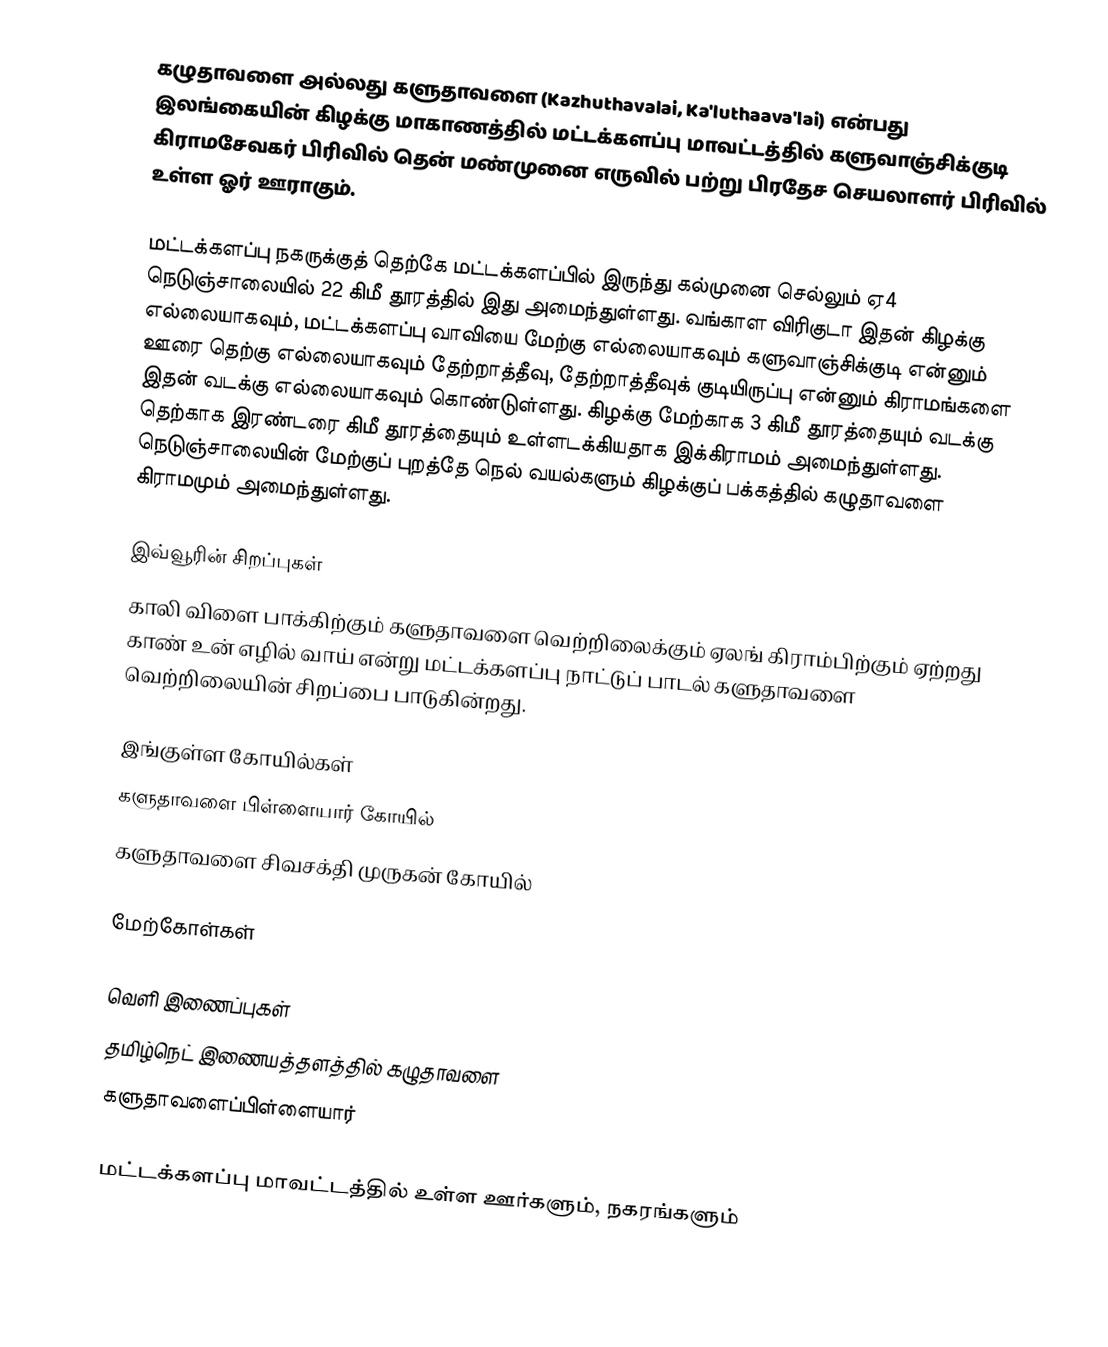
கழுதாவளை அல்லது களுதாவளை (Kazhuthavalai, Ka'luthaava'lai) என்பது இலங்கையின் கிழக்கு மாகாணத்தில் மட்டக்களப்பு மாவட்டத்தில் களுவாஞ்சிக்குடி கிராமசேவகர் பிரிவில் தென் மண்முனை எருவில் பற்று பிரதேச செயலாளர் பிரிவில் உள்ள ஓர் ஊராகும்.

மட்டக்களப்பு நகருக்குத் தெற்கே மட்டக்களப்பில் இருந்து கல்முனை செல்லும் ஏ4 நெடுஞ்சாலையில் 22 கிமீ தூரத்தில் இது அமைந்துள்ளது. வங்காள விரிகுடா இதன் கிழக்கு எல்லையாகவும், மட்டக்களப்பு வாவியை மேற்கு எல்லையாகவும் களுவாஞ்சிக்குடி என்னும் ஊரை தெற்கு எல்லையாகவும் தேற்றாத்தீவு, தேற்றாத்தீவுக் குடியிருப்பு என்னும் கிராமங்களை இதன் வடக்கு எல்லையாகவும் கொண்டுள்ளது. கிழக்கு மேற்காக 3 கிமீ தூரத்தையும் வடக்கு தெற்காக இரண்டரை கிமீ தூரத்தையும் உள்ளடக்கியதாக இக்கிராமம் அமைந்துள்ளது. நெடுஞ்சாலையின் மேற்குப் புறத்தே நெல் வயல்களும் கிழக்குப் பக்கத்தில் கழுதாவளை கிராமமும் அமைந்துள்ளது.

இவ்வூரின் சிறப்புகள்
 காலி விளை பாக்கிற்கும் களுதாவளை வெற்றிலைக்கும் ஏலங் கிராம்பிற்கும் ஏற்றது காண் உன் எழில் வாய் என்று மட்டக்களப்பு நாட்டுப் பாடல் களுதாவளை வெற்றிலையின் சிறப்பை பாடுகின்றது.

இங்குள்ள கோயில்கள்
களுதாவளை பிள்ளையார் கோயில்
 களுதாவளை சிவசக்தி முருகன் கோயில்

மேற்கோள்கள்

வெளி இணைப்புகள்
 தமிழ்நெட் இணையத்தளத்தில் கழுதாவளை
களுதாவளைப்பிள்ளையார்

மட்டக்களப்பு மாவட்டத்தில் உள்ள ஊர்களும், நகரங்களும்